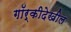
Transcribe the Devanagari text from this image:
गॉर्कीदेखील